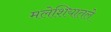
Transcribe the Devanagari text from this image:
मलेशियातले